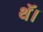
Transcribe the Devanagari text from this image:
थॅ।